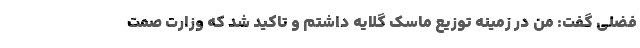
فضلی گفت: من در زمینه توزیع ماسک گلایه داشتم و تاکید شد که وزارت صمت